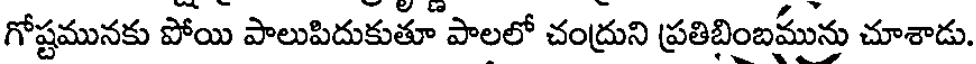
గోష్టమునకు పోయి పాలుపిదుకుతూ పాలలో చంద్రుని ప్రతిబింబమును చూశాడు.